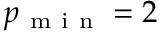
p _ { \mathrm { ~ m ~ i ~ n ~ } } = 2